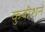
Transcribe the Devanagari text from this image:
कुबीशने